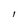
Character: l